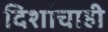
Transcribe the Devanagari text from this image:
दिशांचाही